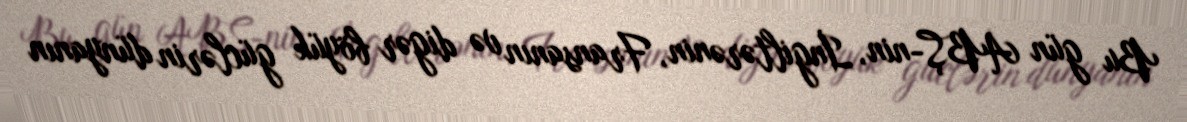
Bu gün ABŞ-nin, İngiltərənin, Fransanın və digər böyük güclərin dünyanın